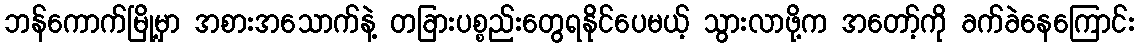
ဘန်ကောက်မြို့မှာ အစားအသောက်နဲ့ တခြားပစ္စည်းတွေရနိုင်ပေမယ့် သွားလာဖို့က အတော့်ကို ခက်ခဲနေကြောင်း